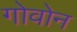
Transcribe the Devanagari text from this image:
गोवोन